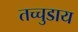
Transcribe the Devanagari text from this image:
तच्चुडाय